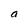
Character: a